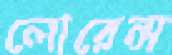
লোরেন্স